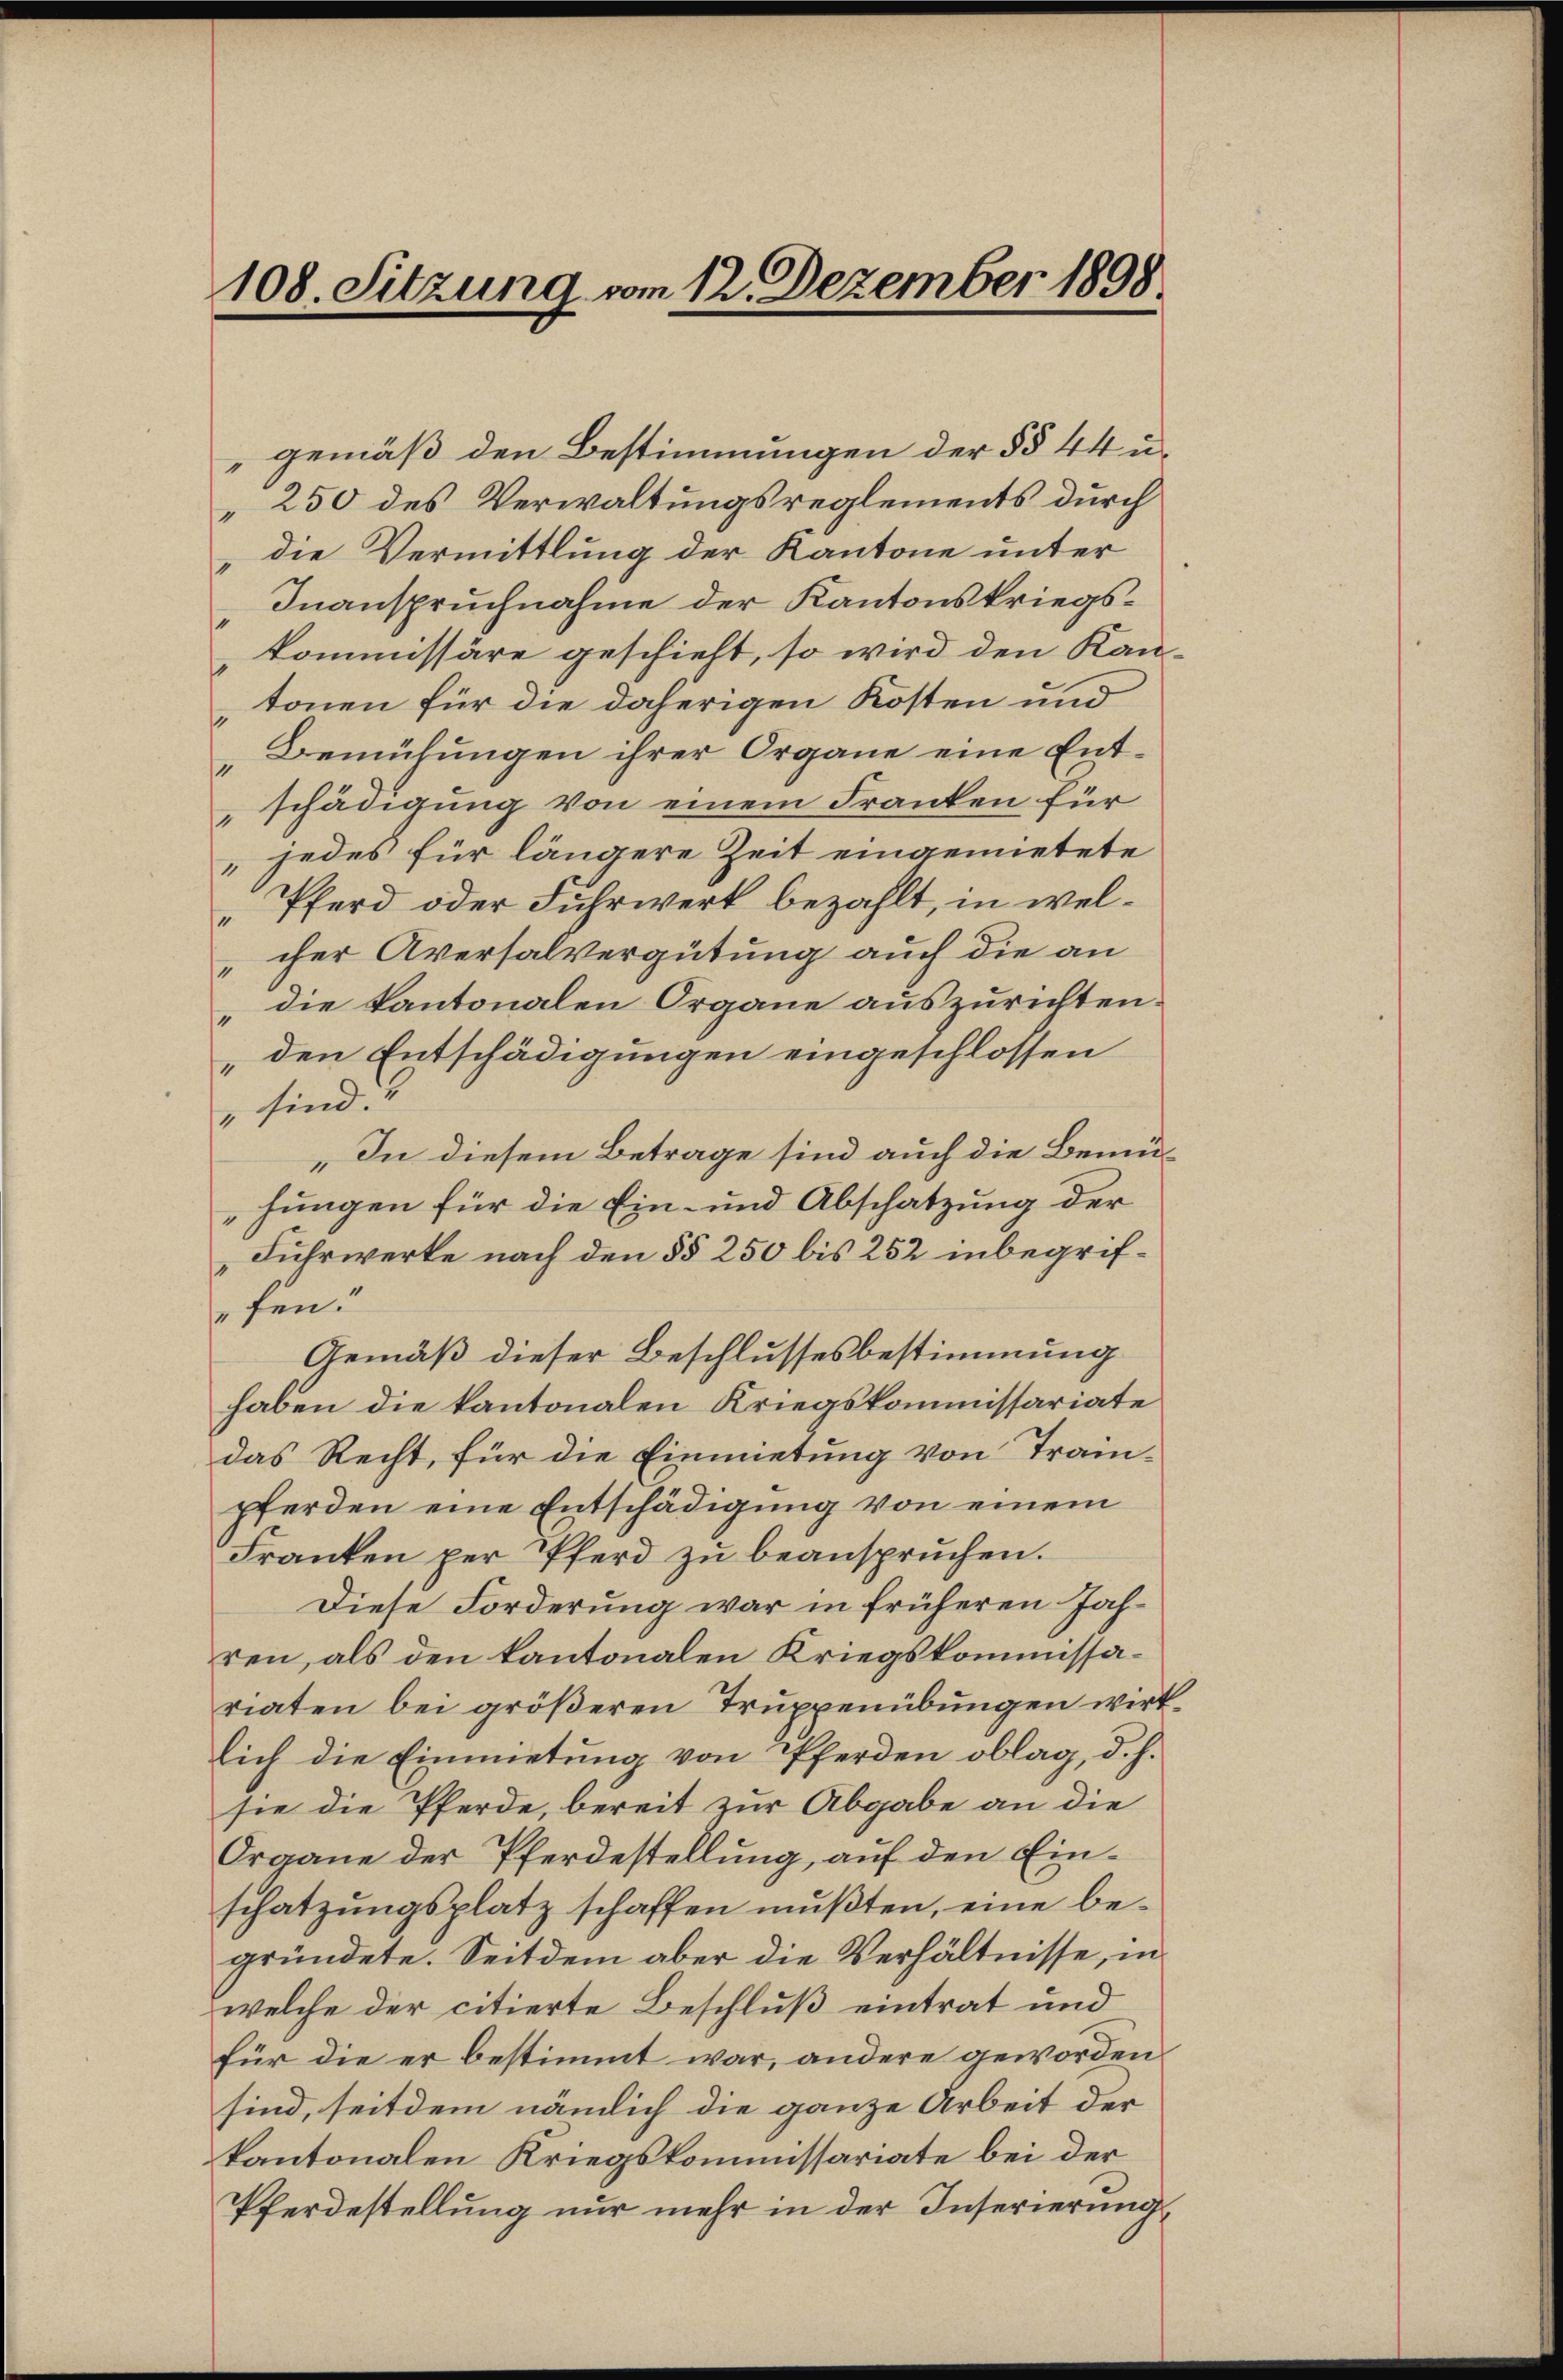
1
cher Aversalvergütung auch die an
„die Kantonalen Organe auszurichten.
„den Entschädigungen eingeschlossen
 sind.
„In diesem Betrage sind auch die Bemühungen für die Ein- und Abschatzung der
Fuhrwerke nach den §§ 250 bis 252 inbegrifefen.
Gemäß dieser Beschlussesbestimmung
haben die kantonalen Kriegskommissariate
das Recht, für die Einmietung von Trainpferden eine Entschädigung von einem
Franken per Pferd zŭ beanspruchen.
Diese Forderung war in früheren Jahren, als den kantonalen Kriegskommissariaten bei größeren Truppenübungen wirklich die Einmietung von Pferden oblag, d. h.
sie die Pferde, bereit zur Abgabe an die
Organe der Pferdestellung, auf den Einschatzŭngsplatz schaffen mŭβten, eine be-
gründete. Seit dem aber die Verhältnisse, in
welche der citierte Beschluß eintrat und
für die er bestimmt war, andere geworden
sind, seitdem nämlich die ganze Arbeit der
kantonalen Kriegskommissariate bei der
Pferdestellung nur mehr in der Inserierung

108. Sitzung vom 12. Dezember 1898

gemäß den Bestimmungen der §§ 44 u.
250 des Verwaltungsreglements durch
die Vermittlung der Kantone unter
Inanspruchnahme der Kantonskriegskommissäre geschieht, so wird den Kantonen für die daherigen Kosten und
„Bemühungen ihrer Organe eine Entschädigung von einem Franken für
jedes für längere Zeit eingemietete
Pferd oder Fuhrwerk bezahlt, in wel¬